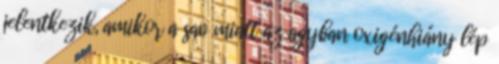
jelentkezik, amikor a sav miatt az agyban oxigénhiány lép